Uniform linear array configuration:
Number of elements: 8
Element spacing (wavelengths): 0.25
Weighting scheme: blackman
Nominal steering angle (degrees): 15
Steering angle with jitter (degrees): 14.116
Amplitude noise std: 0.05
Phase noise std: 0.05

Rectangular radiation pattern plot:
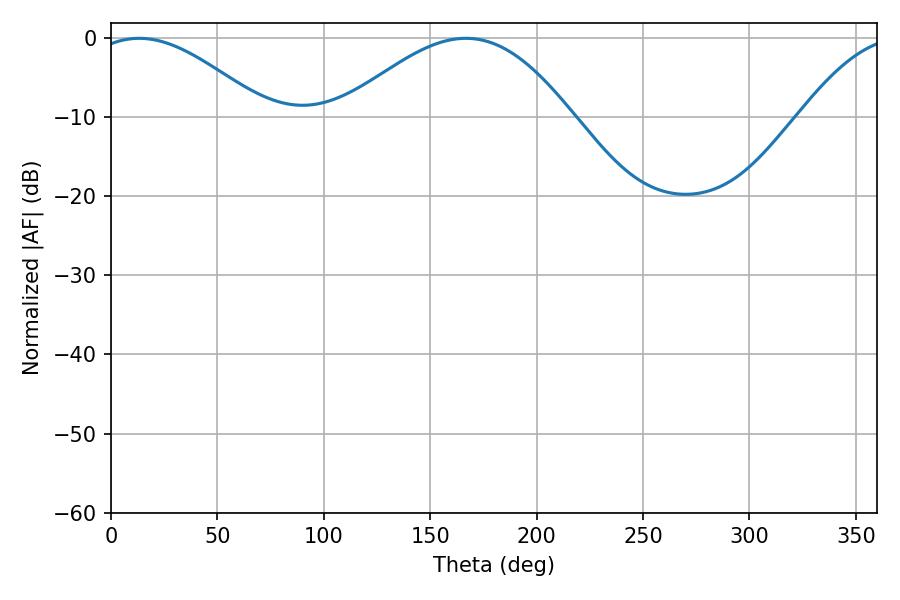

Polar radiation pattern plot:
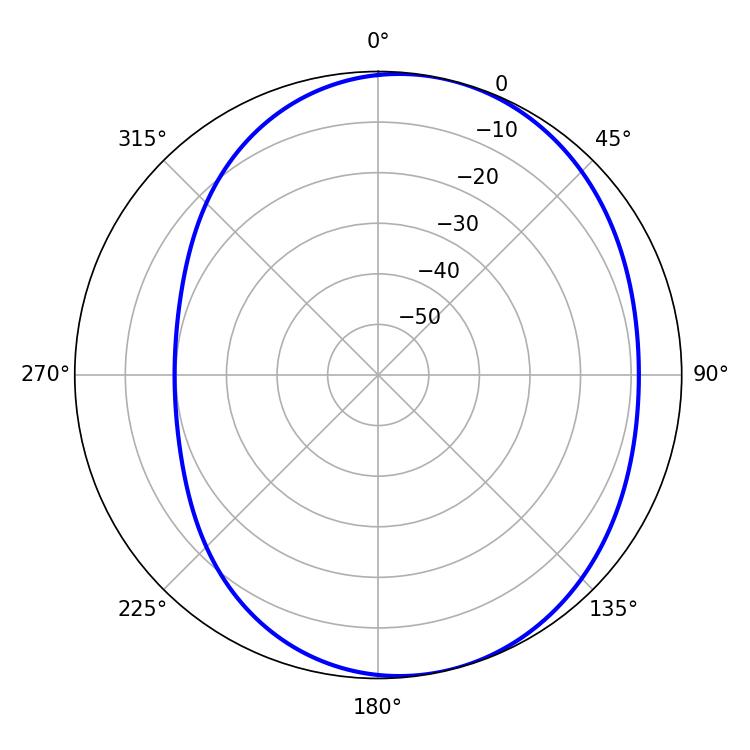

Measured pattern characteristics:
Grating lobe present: FALSE
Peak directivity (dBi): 5.142
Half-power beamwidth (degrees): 44.28
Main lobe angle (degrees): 13.32